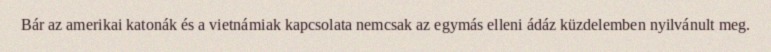
Bár az amerikai katonák és a vietnámiak kapcsolata nemcsak az egymás elleni ádáz küzdelemben nyilvánult meg.